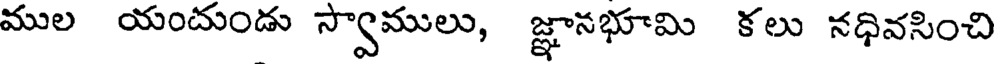
ముల యందుండు స్వాములు, జ్ఞానభూమి కలు నధివసించి